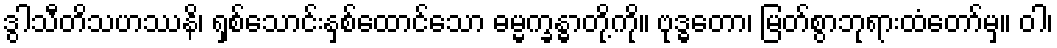
ဒွါသီတိသဟဿနိ၊ ရှစ်သောင်းနှစ်ထောင်သော ဓမ္မက္ခန္ဓာတို့ကို။ ဗုဒ္ဓတော၊ မြတ်စွာဘုရားထံတော်မှ။ ဝါ၊